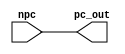
/*
* Yousef Jarrar & Nicholas Chiodini
* CSE 401 - Computer Arch
* Dr. Gomez - Spring 2019
* Lab 1 - Instruction Fetch Stage
* 04/15/2019
*/

`timescale 1ns / 1ps

module pc_mod( output reg [31:0] pc_out, input wire [31:0] npc
);

    initial
    begin
        pc_out <= 0;
    end

    always @ ( npc )
    begin
        #1 pc_out <= npc;
    end

endmodule